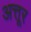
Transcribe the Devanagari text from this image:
अत्तूर